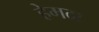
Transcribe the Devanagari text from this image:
हेमदा